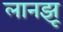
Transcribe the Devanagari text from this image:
लानझू